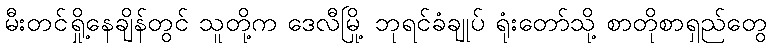
မီးတင်ရှို့နေချိန်တွင် သူတို့က ဒေလီမြို့ ဘုရင်ခံချုပ် ရုံးတော်သို့ စာတိုစာရှည်တွေ